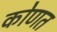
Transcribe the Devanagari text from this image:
कोणत